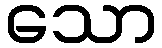
သော